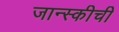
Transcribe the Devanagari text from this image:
जान्स्कीची